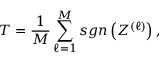
T = \frac { 1 } { M } \sum _ { \ell = 1 } ^ { M } s g n \left( Z ^ { ( \ell ) } \right) ,